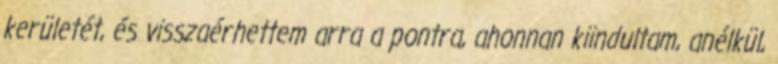
kerületét, és visszaérhettem arra a pontra, ahonnan kiindultam, anélkül,